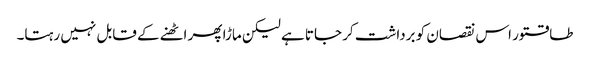
طاقتور اس نقصان کو برداشت کر جاتا ہے لیکن ماڑا پھر اٹھنے کے قابل نہیں رہتا۔